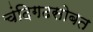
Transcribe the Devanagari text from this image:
चंदिगढसोबत